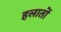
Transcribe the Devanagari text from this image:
हलातों